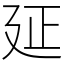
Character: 𢌛